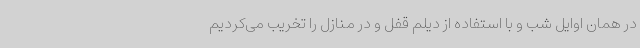
در همان اوایل شب و با استفاده از دیلم قفل و در منازل را تخریب می‌کردیم